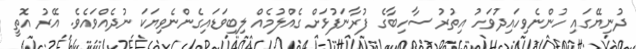
ދުނިޔޭގައި ހުންނެވިހައިދުވަހު އިތުރު ސާހިބާގެ ފުރާނަފުޅަށް ގެއްލުމެއް ލިބިވަޑައިގެންނެވިޔަކަ ނުދެއްވައެވެ. އޭރު އޮތީ